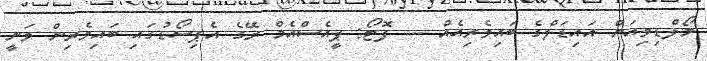
މޯލްޑިވިއަން އައިޑަލްގެ ބައިވެރިއެއް --- ފޮޓޯ: ޕީއެސްއެމް ރޭގެ އެޕިސޯޑުގައި ބައިވެރިން ވަނީ